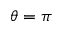
\theta = \pi